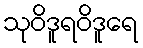
သုဝိဒူရဝိဒူရေ